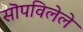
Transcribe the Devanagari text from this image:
सॊपविलेले